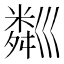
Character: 𥻘